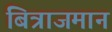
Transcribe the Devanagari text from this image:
बित्राजमान